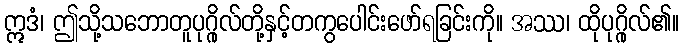
ဣဒံ၊ ဤသို့သဘောတူပုဂ္ဂိုလ်တို့နှင့်တကွပေါင်းဖော်ရခြင်းကို။ အဿ၊ ထိုပုဂ္ဂိုလ်၏။